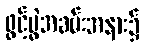
ဖွင့်ပွဲအခမ်းအနား၌